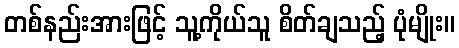
တစ်နည်းအားဖြင့် သူ့ကိုယ်သူ စိတ်ချသည့် ပုံမျိုး။